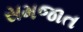
સમજાત